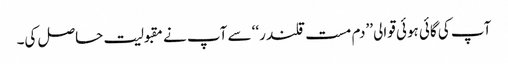
آپ کی گائی ہوئی قوالی ’’دم مست قلندر‘‘ سے آپ نے مقبولیت حاصل کی۔